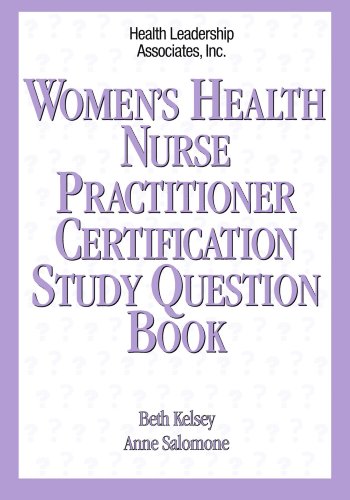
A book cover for Women's Health Nurse Practitioner Certification Study Question Book (Family Nurse Practitioner Certification Study Question Set); Beth M. Kelsey; Parenting & Relationships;